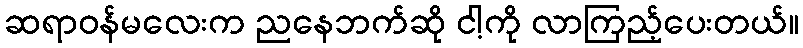
ဆရာဝန်မလေးက ညနေဘက်ဆို ငါ့ကို လာကြည့်ပေးတယ်။